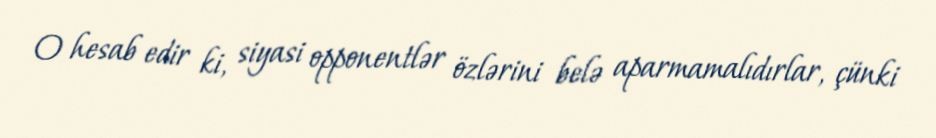
O hesab edir ki, siyasi opponentlər özlərini belə aparmamalıdırlar, çünki